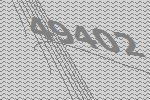
49402